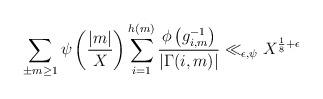
LaTeX: \begin{align*} \sum_{\pm m \geq 1} \psi\left(\frac{|m|}{X}\right)\sum_{i=1}^{h(m)}\frac{\phi\left(g_{i,m}^{-1}\right)}{|\Gamma(i,m)|} \ll_{\epsilon, \psi} X^{\frac{1}{8}+\epsilon}\end{align*}